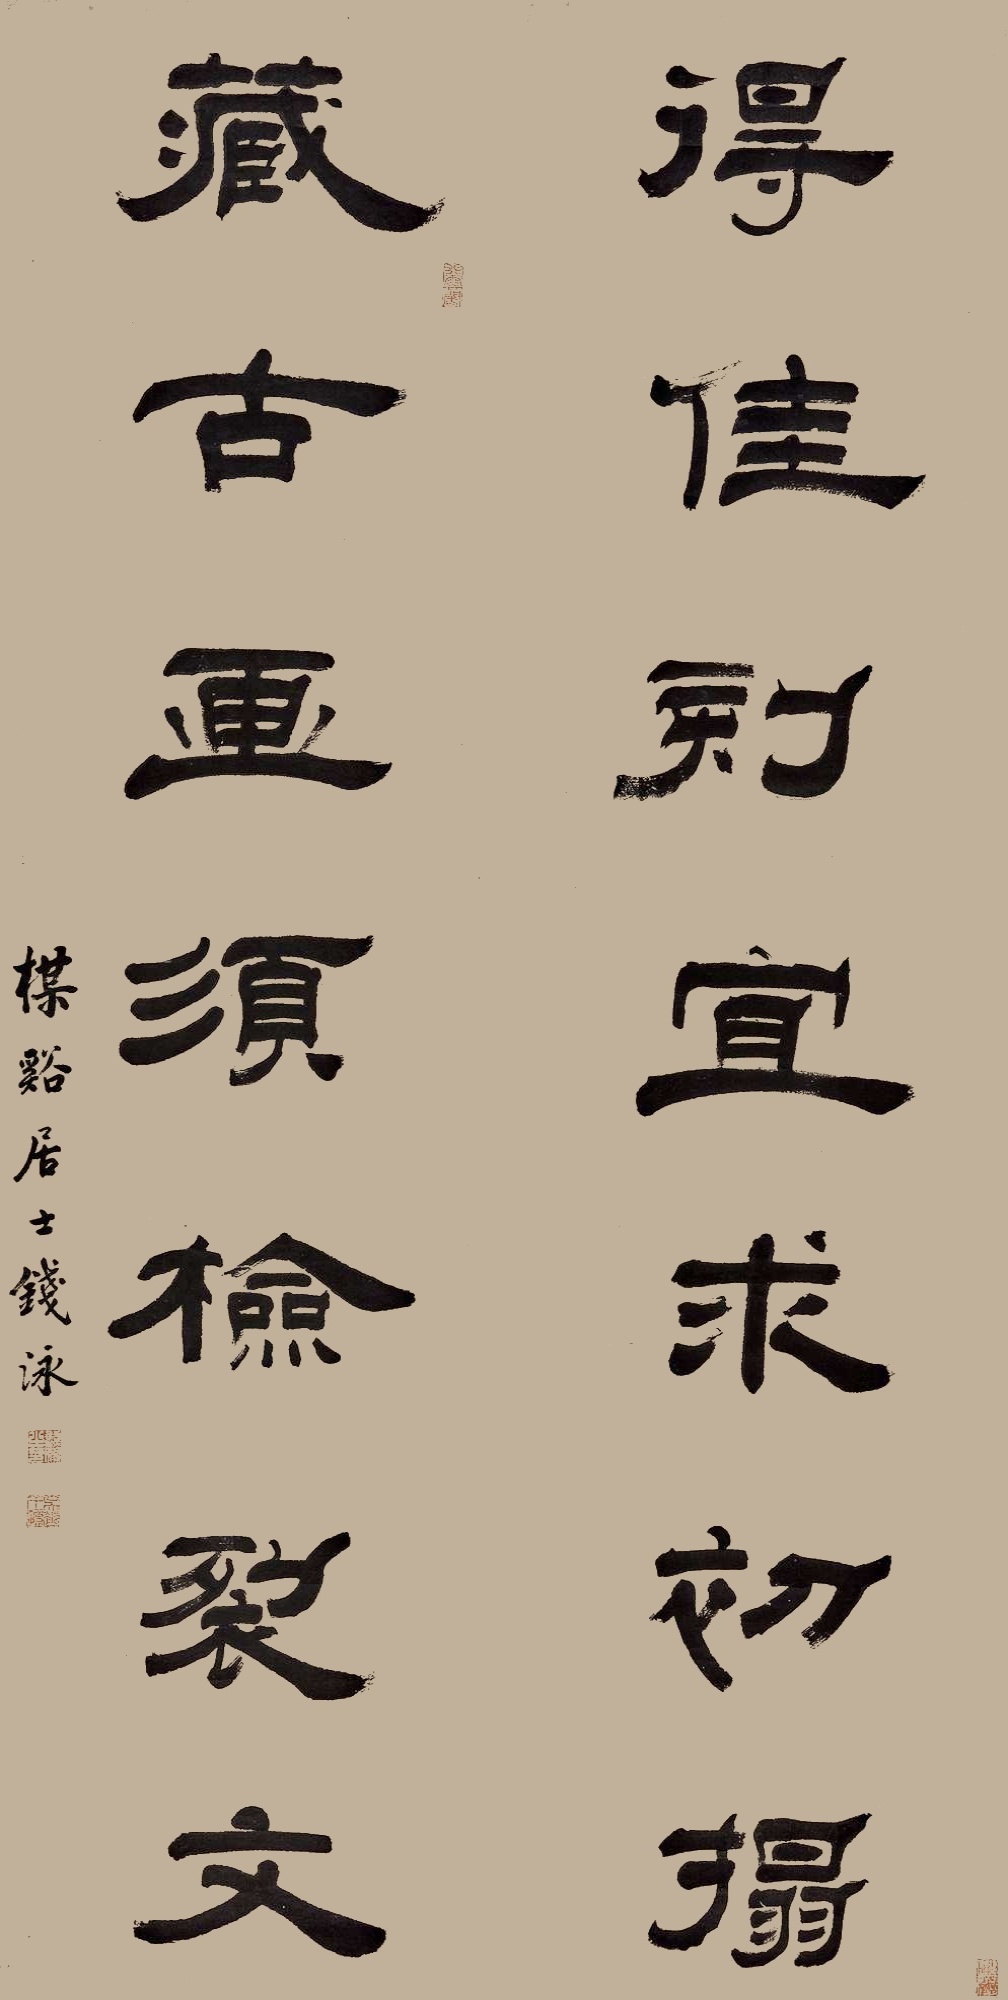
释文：得佳刻宜求初搨，藏古画须检裂文。梅溪居士钱泳。